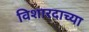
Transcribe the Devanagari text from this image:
विशारदाच्या